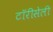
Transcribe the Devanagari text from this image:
टॉरीसेली